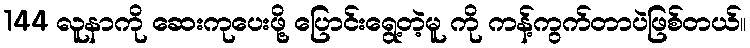
144 လူနာကို ဆေးကုပေးဖို့ ပြောင်းရွေ့တဲ့မူ ကို ကန့်ကွက်တာပဲဖြစ်တယ်။